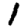
Digit: 1